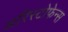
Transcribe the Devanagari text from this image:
अरिस्टोफेन्स